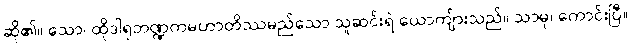
ဆို၏။ သော၊ ထိုဒါရုဘဏ္ဍကမဟာတိဿမည်သော သူဆင်းရဲ ယောကျ်ားသည်။ သာဓု၊ ကောင်းပြီ။